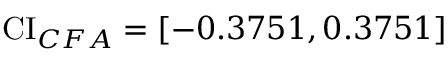
\operatorname { C I } _ { C F A } = [ - 0 . 3 7 5 1 , 0 . 3 7 5 1 ]